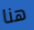
هنا